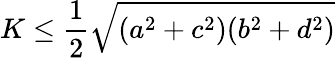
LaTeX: K\leq{\frac{1}{2}}{\sqrt{(a^{2}+c^{2})(b^{2}+d^{2})}}